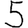
Digit: 5